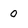
Character: 0